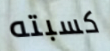
كسبته